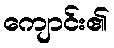
ကျောင်း၏